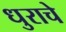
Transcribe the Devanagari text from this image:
धुराचे